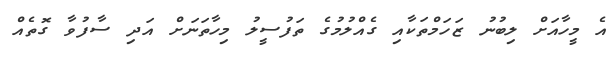
އެ މީހާއަށް ލިބުނު ޒަހަމްތަކާއި ގެއްލުމުގެ ތަފުސީލު މިހާތަނަށް އަދި ސާފުވާ ގޮތެއް